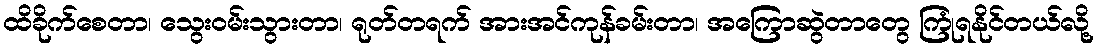
ထိခိုက်စေတာ၊ သွေးဝမ်းသွားတာ၊ ရုတ်တရက် အားအင်ကုန်ခမ်းတာ၊ အကြောဆွဲတာတွေ ကြုံရနိုင်တယ်လို့